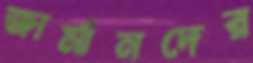
জার্মানদের